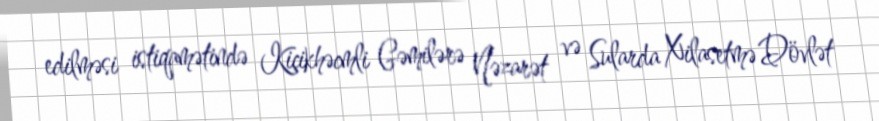
edilməsi istiqamətində Kiçikhəcmli Gəmilərə Nəzarət və Sularda Xilasetmə Dövlət